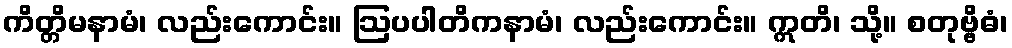
ကိတ္တိမနာမံ၊ လည်းကောင်း။ ဩပပါတိကနာမံ၊ လည်းကောင်း။ ဣတိ၊ သို့။ စတုဗ္ဗိဓံ၊